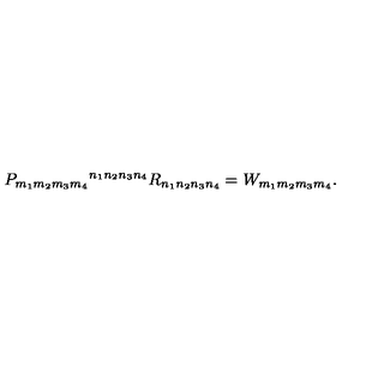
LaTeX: P _ { m _ { 1 } m _ { 2 } m _ { 3 } m _ { 4 } } { } ^ { n _ { 1 } n _ { 2 } n _ { 3 } n _ { 4 } } R _ { n _ { 1 } n _ { 2 } n _ { 3 } n _ { 4 } } = W _ { m _ { 1 } m _ { 2 } m _ { 3 } m _ { 4 } } .